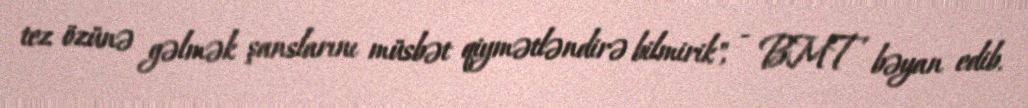
tez özünə gəlmək şanslarını müsbət qiymətləndirə bilmirik", - BMT bəyan edib.